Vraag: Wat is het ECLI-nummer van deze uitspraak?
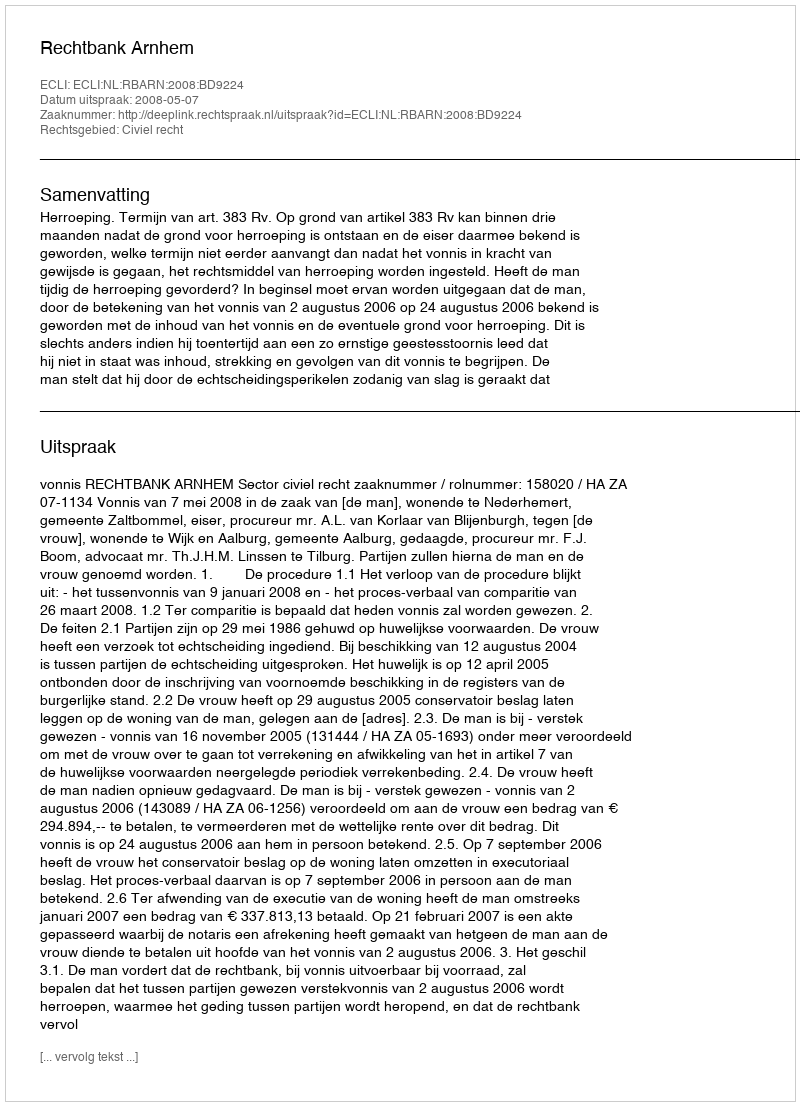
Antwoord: ECLI:NL:RBARN:2008:BD9224